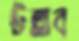
উল্লাব